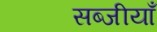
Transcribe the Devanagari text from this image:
सब्जीयाँ